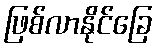
ဖြစ်လာနိုင်ခြေ